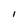
Character: 1